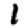
Digit: 1